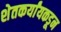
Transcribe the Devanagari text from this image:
शेतकर्यांयकडून